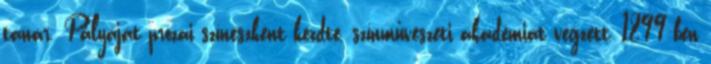
tanár. Pályáját prózai színészként kezdte, színművészeti akadémiát végzett, 1899-ben